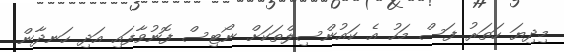
މިދިޔަ ހަތަރު ފަސް މަހު އެ ކައުންސިލްތަކަށް ނޯޓިސް ފޮނުވާފައި އަދި ހަނދާން